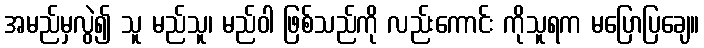
အမည်မှလွဲ၍ သူ မည်သူ၊ မည်ဝါ ဖြစ်သည်ကို လည်းကောင်း ကိုသူရက မပြောပြချေ။